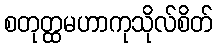
စတုတ္ထမဟာကုသိုလ်စိတ်